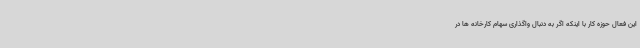
این فعال حوزه کار با اینکه اگر به دنبال واگذاری سهام کارخانه ها در